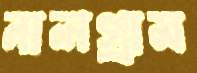
নালগ্রাম